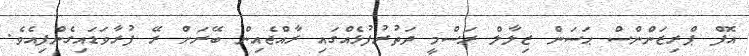
އޮފް ޕްރިޒަންންސް ޙަސަން ޒިލާލް ރަސްމީ ދަތުރުފުޅެއްގައި ރާއްޖެއިން ބޭރަށް ރޭ ފުރާވަޑައިގެންފިއެވެ.